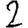
Digit: 2